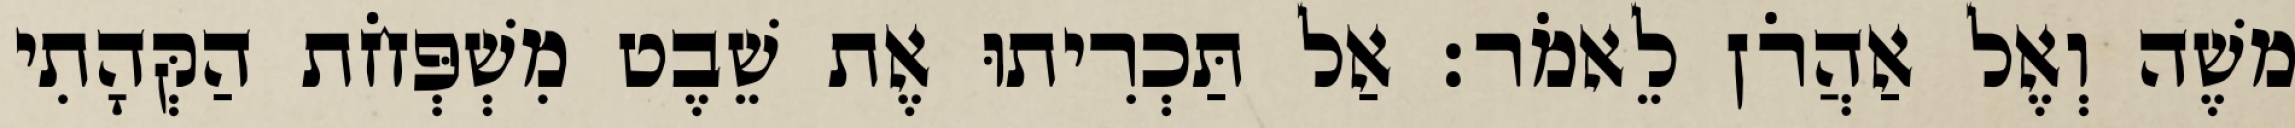
משֶׁה וְאֶל אַהֲרֹן לֵאמֹר׃ אַל תַּכְרִיתוּ אֶת שֵׁבֶט מִשְׁפְּחֹת הַקְּהָתִי